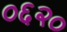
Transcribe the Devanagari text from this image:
०६२०